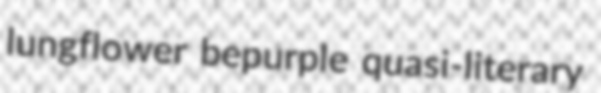
lungflower bepurple quasi-literary